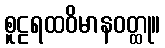
စူဠရထဝိမာနဝတ္ထု။